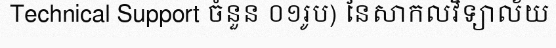
Technical Support ចំនួន ០១រូប) នៃសាកលវិទ្យាល័យ